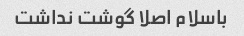
باسلام اصلا گوشت نداشت